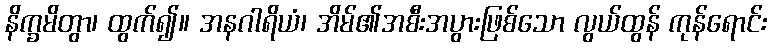
နိက္ခမိတွာ၊ ထွက်၍။ အနဂါရိယံ၊ အိမ်၏အစီးအပွားဖြစ်သော လွယ်ထွန် ကုန်ရောင်း